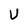
Character: U